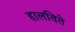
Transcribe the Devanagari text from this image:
हालविते